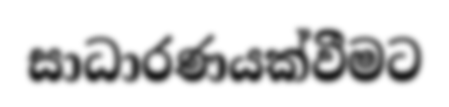
සාධාරණයක්වීමට